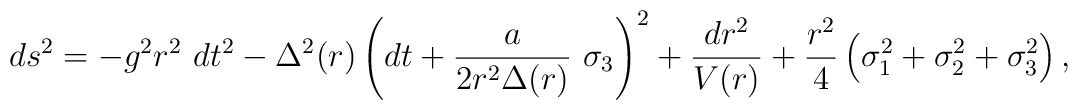
ds^{2}=-g^{2}r^{2}\ dt^{2}-\Delta^{2}(r)\left(  dt+\frac{a}{2r^{2}\Delta(r)}\ \sigma_{3}\right)  ^{2}+\frac{dr^{2}}{V(r)}+\frac{r^{2}}{4}\left(\sigma_{1}^{2}+\sigma_{2}^{2}+\sigma_{3}^{2}\right)  ,